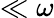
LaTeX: \ll\omega